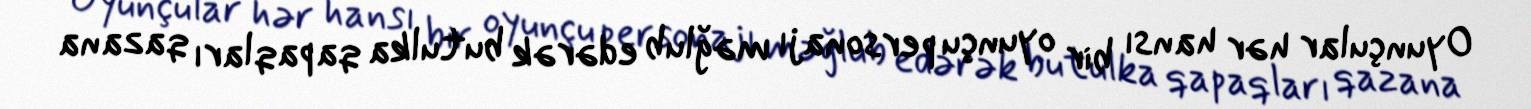
Oyunçular hər hansı bir oyunçu personajı məğlub edərək butulka qapaqları qazana